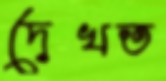
দেখত